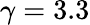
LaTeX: \gamma=3.3